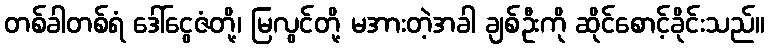
တစ်ခါတစ်ရံ ဒေါ်ငွေဇံတို့၊ မြလွင်တို့ မအားတဲ့အခါ ချစ်ဦးကို ဆိုင်စောင့်ခိုင်းသည်။